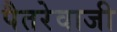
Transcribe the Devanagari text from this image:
पैतरेवाजी